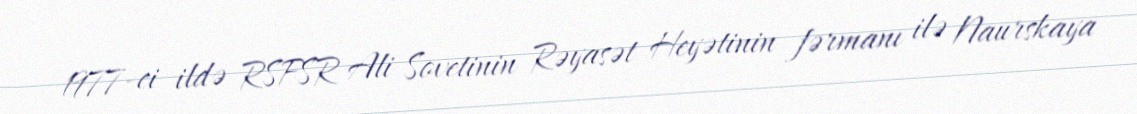
1977-ci ildə RSFSR Ali Sovetinin Rəyasət Heyətinin fərmanı ilə Naurskaya